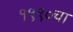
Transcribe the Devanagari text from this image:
१९९०चा